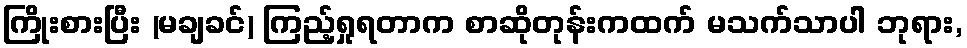
ကြိုးစားပြီး (မချခင်) ကြည့်ရှုရတာက စာဆိုတုန်းကထက် မသက်သာပါ ဘုရား,